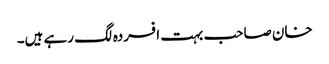
خان صاحب بہت افسردہ لگ رہے ہیں۔